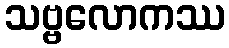
သဗ္ဗလောကဿ